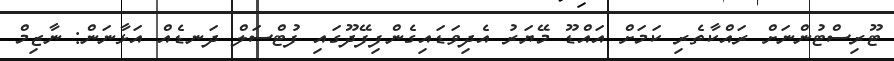
ޓޫރިސްޓުންނަށް ރައްކާތެރި ކަމަށް އައްޑޫ މޭޔަރު އެދިވަޑައިގެންފިފޭދޫގައި ފުޓްސަލް ދަނޑެއް އަޅާނަން: ނާޒިމް